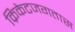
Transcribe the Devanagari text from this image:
क्रिकेटजगतास